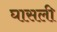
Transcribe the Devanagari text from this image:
घासली